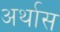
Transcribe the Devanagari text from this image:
अर्थास